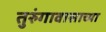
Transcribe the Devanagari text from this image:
तुरुंगावासाच्या